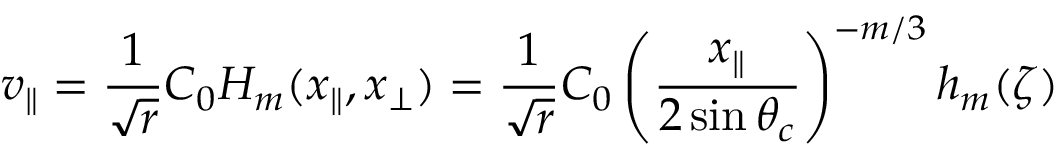
v _ { \parallel } = \frac { 1 } { \sqrt { r } } C _ { 0 } H _ { m } ( x _ { \parallel } , x _ { \perp } ) = \frac { 1 } { \sqrt { r } } C _ { 0 } \left( \frac { x _ { \parallel } } { 2 \sin \theta _ { c } } \right) ^ { - m / 3 } h _ { m } ( \zeta )